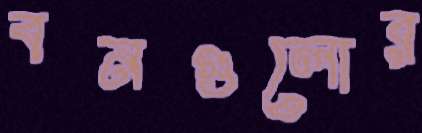
বনগুলোর